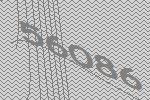
56086